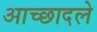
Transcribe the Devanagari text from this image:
आच्छादले